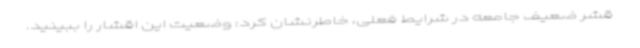
قشر ضعیف جامعه در شرایط فعلی، خاطرنشان کرد: وضعیت این اقشار را ببینید.